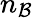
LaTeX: n_{\mathcal{B}}